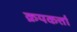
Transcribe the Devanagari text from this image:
क्रयकर्त्ता